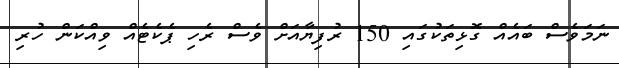
ނަމަވެސް ބައެއް ގޮޅިތަކުގައި 150 ރުފިޔާއަށް ވެސް ރެހި ޕެކެޓެއް ވިއްކަން ހުރި